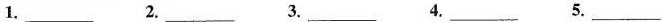
1.___ 2.___ 3.___ 4.___ 5.___